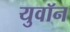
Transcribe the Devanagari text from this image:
युवॉन